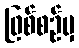
ဖြစ်စဉ်မှ